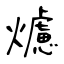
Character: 爈